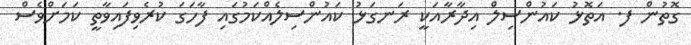
ގޮތުން ފ. އަތޮޅު ކައުންސިލް އިދާރާއަކީ ރަނގަޅު ކައުންސިލެއްކަމުގައި ފާހަގަ ކުރެވިފައިވާތީ ކަމަށްވެސް